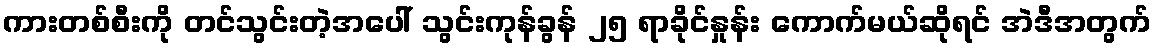
ကားတစ်စီးကို တင်သွင်းတဲ့အပေါ် သွင်းကုန်ခွန် ၂၅ ရာခိုင်နှုန်း ကောက်မယ်ဆိုရင် အဲဒီအတွက်